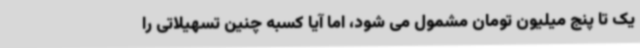
یک تا پنج میلیون تومان مشمول می شود، اما آیا کسبه چنین تسهیلاتی را